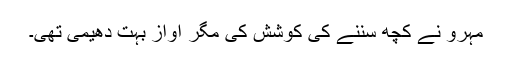
مہرو نے کچھ سننے کی کوشش کی مگر آواز بہت دھیمی تھی۔